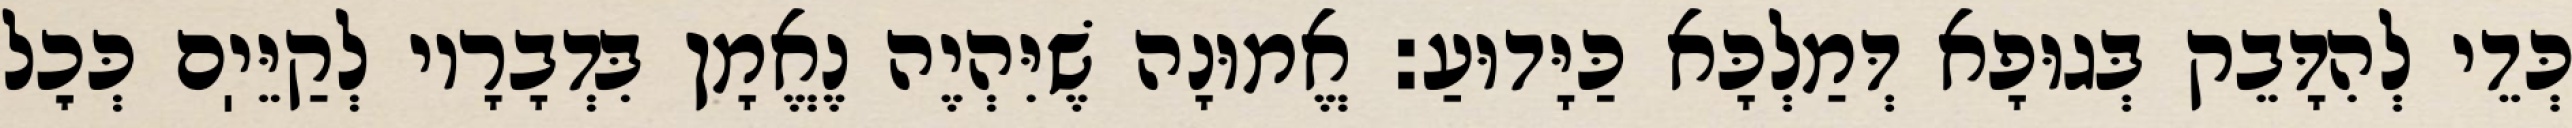
כְּדֵי לְהִדָּבֵק בְּגוּפָא דְּמַלְכָּא כַּיָּדוּעַ: אֱמוּנָה שֶׁיִּהְיֶה נֶאֱמָן בִּדְבָרָיו לְקַיֵּיֽם כְּכׇל